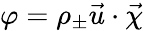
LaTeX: \varphi=\rho_{\pm}\vec{u}\cdot\vec{\chi}